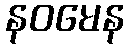
နဝမေန